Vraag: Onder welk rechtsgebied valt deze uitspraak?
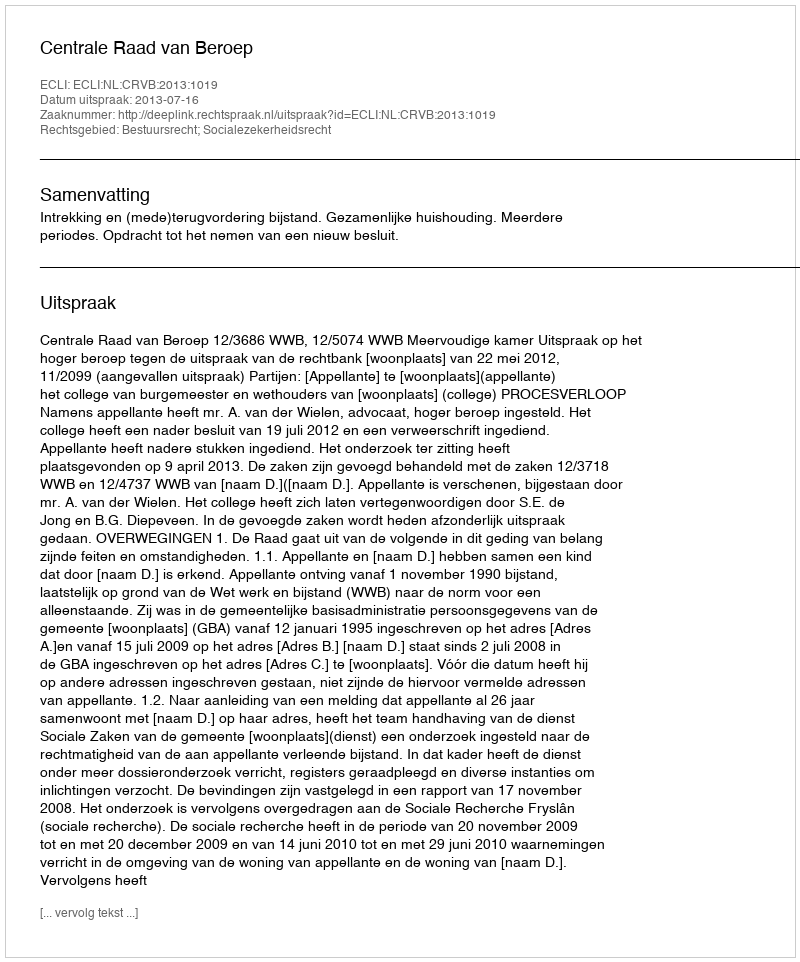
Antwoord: Bestuursrecht; Socialezekerheidsrecht